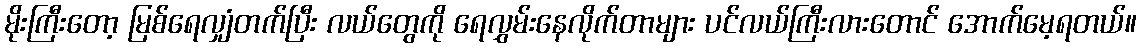
မိုးကြီးတော့ မြစ်ရေလျှံတက်ပြီး လယ်တွေကို ရေလွှမ်းနေလိုက်တာများ ပင်လယ်ကြီးလားတောင် အောက်မေ့ရတယ်။